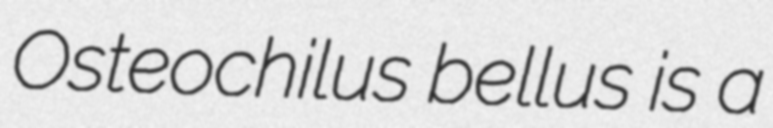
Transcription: Osteochilus bellus is a